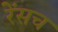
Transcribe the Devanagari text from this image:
रेंसच